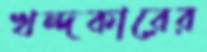
খন্দকারের